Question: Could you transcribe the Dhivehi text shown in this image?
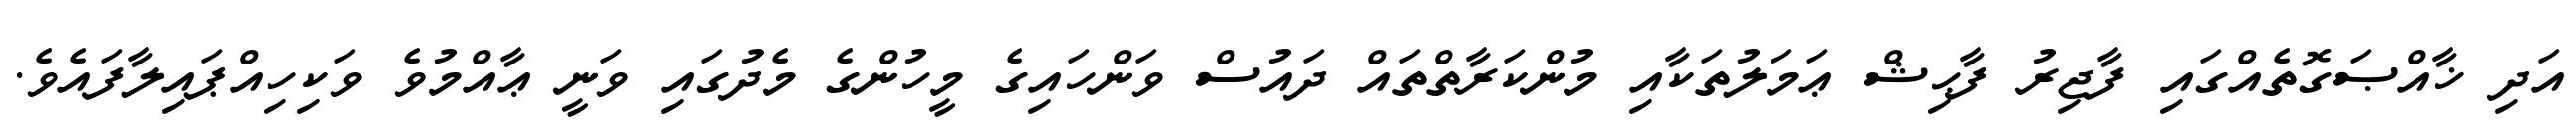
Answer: އަދި ޚާއްޞަގޮތެއްގައި ފާޖިރު ފާޙިޝް ޢަމަލުތަކާއި މުންކަރާތްތައް ދައުސް ވަންހައިގެ މީހުންގެ މެދުގައި ވަނީ ޢާއްމުވެ ވަކިހިއްޕައިލާފައެވެ.